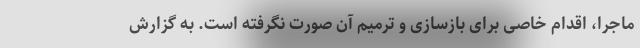
ماجرا، اقدام خاصی برای بازسازی و ترمیم آن صورت نگرفته است. به گزارش